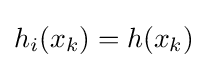
h_{i}(x_{k})=h(x_{k})